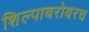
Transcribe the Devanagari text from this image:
शिल्पाबरोबरच